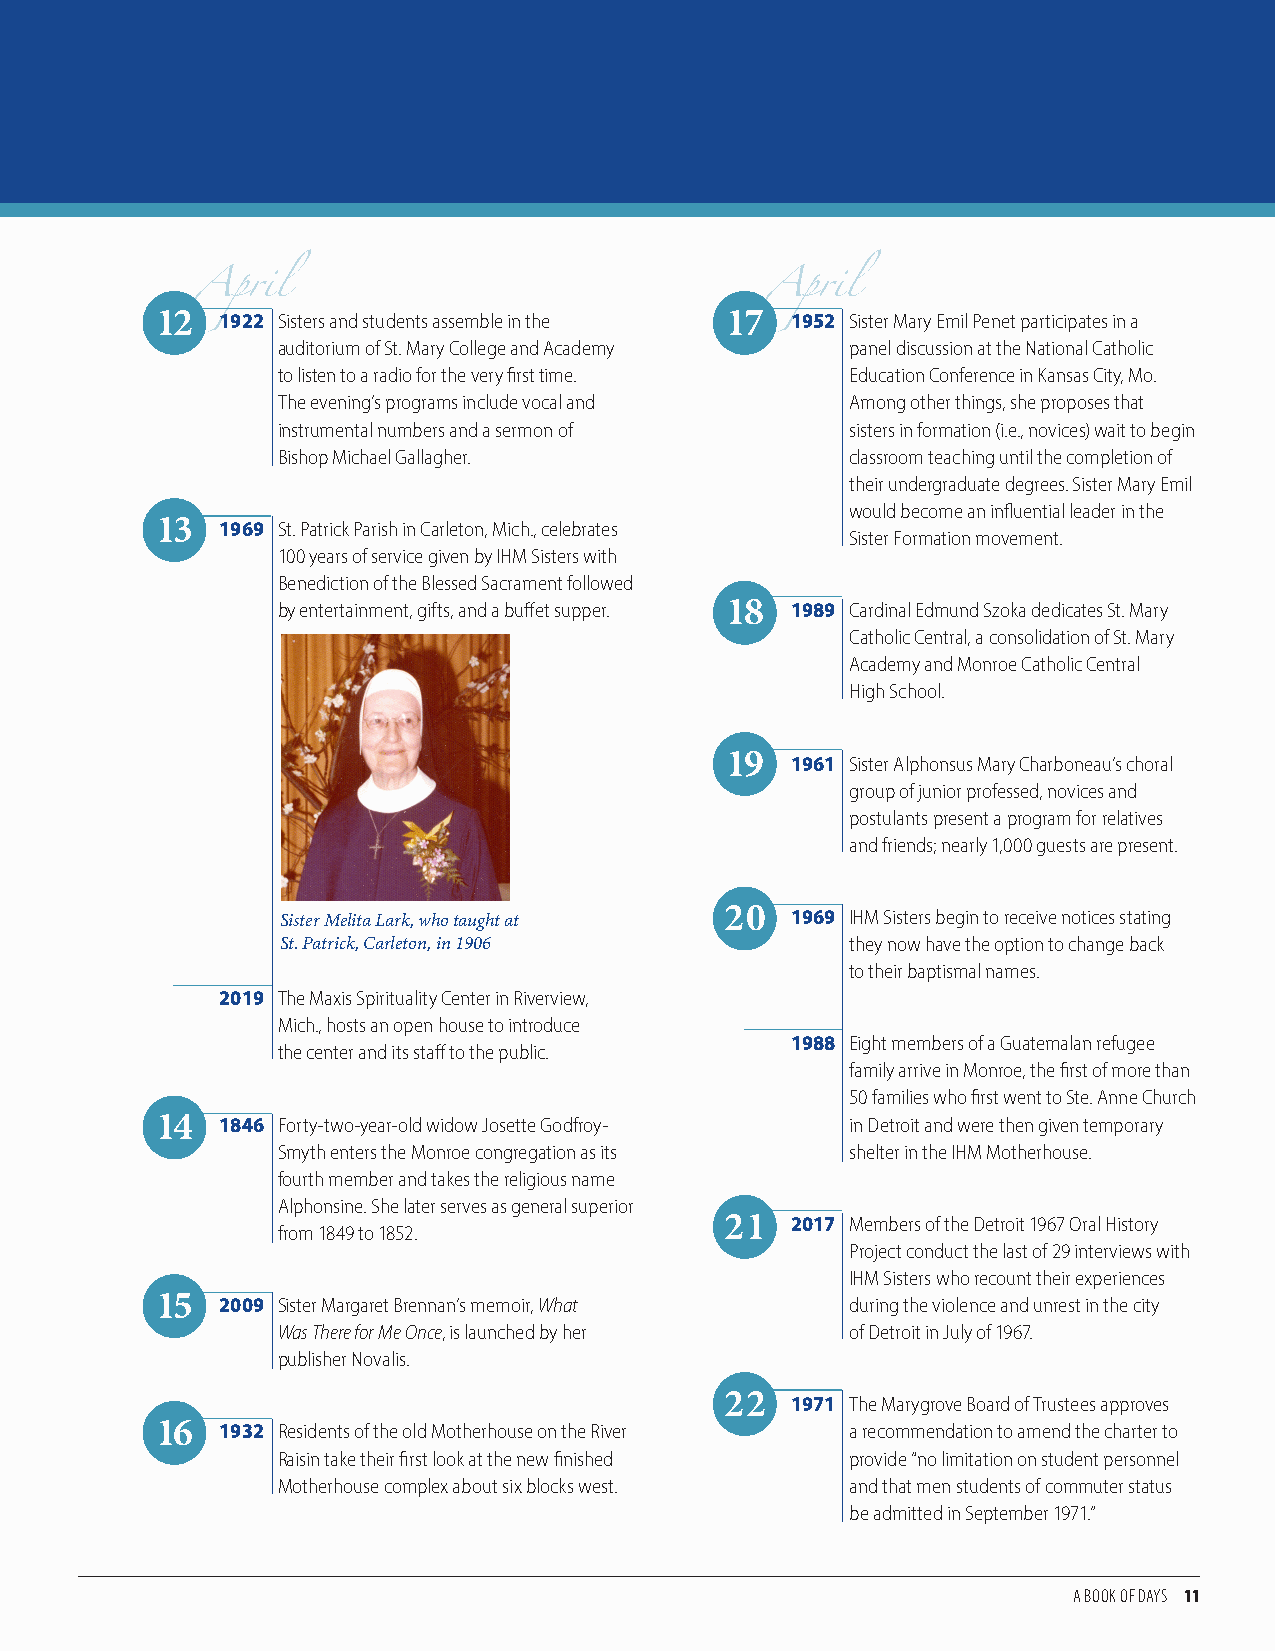
12   1922 Sisters and students assemble in the 17 1952 Sister Mary Emil Penet participates in a
 auditorium of St. Mary College and Academy panel discussion at the National Catholic
 April                                 April
 to listen to a radio for the very first time. Education Conference in Kansas City, Mo.
 The evening’s programs include vocal and Among other things, she proposes that
 instrumental numbers and a sermon of  sisters in formation (i.e., novices) wait to begin
 Bishop Michael Gallagher.             classroom teaching until the completion of
 their undergraduate degrees. Sister Mary Emil
 would become an influential leader in the
 13   1969 St. Patrick Parish in Carleton, Mich., celebrates
 Sister Formation movement.
 100 years of service given by IHM Sisters with
 Benediction of the Blessed Sacrament followed
 by entertainment, gifts, and a buffet supper. 18 1989 Cardinal Edmund Szoka dedicates St. Mary
 Catholic Central, a consolidation of St. Mary
 Academy and Monroe Catholic Central
 High School.
 19  1961 Sister Alphonsus Mary Charboneau’s choral
 group of junior professed, novices and
 postulants present a program for relatives
 and friends; nearly 1,000 guests are present.
 Sister Melita Lark, who taught at 20 1969 IHM Sisters begin to receive notices stating
 St. Patrick, Carleton, in 1906       they now have the option to change back
 to their baptismal names.
 2019 The Maxis Spirituality Center in Riverview,
 Mich., hosts an open house to introduce
 1988 Eight members of a Guatemalan refugee
 the center and its staff to the public.
 family arrive in Monroe, the first of more than
 50 families who first went to Ste. Anne Church
 14   1846 Forty-two-year-old widow Josette Godfroy- in Detroit and were then given temporary
 Smyth enters the Monroe congregation as its shelter in the IHM Motherhouse.
 fourth member and takes the religious name
 Alphonsine. She later serves as general superior
 21  2017 Members of the Detroit 1967 Oral History
 from 1849 to 1852.
 Project conduct the last of 29 interviews with
 IHM Sisters who recount their experiences
 15   2009 Sister Margaret Brennan’s memoir, What during the violence and unrest in the city
 Was There for Me Once, is launched by her of Detroit in July of 1967.
 publisher Novalis.
 22  1971 The Marygrove Board of Trustees approves
 16   1932 Residents of the old Motherhouse on the River a recommendation to amend the charter to
 Raisin take their first look at the new finished provide “no limitation on student personnel
 Motherhouse complex about six blocks west. and that men students of commuter status
 be admitted in September 1971.”
 A BOOK OF DAYS 11